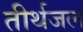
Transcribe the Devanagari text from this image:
तीर्थजल